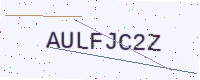
Text: AULFJC2Z